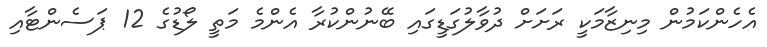
އެހެންކަމުން މިނިޒާމަކީ ރަށަށް ދުވާލުގަޑީގައި ބޭނުންކުރާ އެންމެ މަތީ ލޯޑުގެ 12 ޕަސެންޓާއި